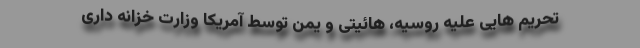
تحریم هایی علیه روسیه، هائیتی و یمن توسط آمریکا وزارت خزانه داری